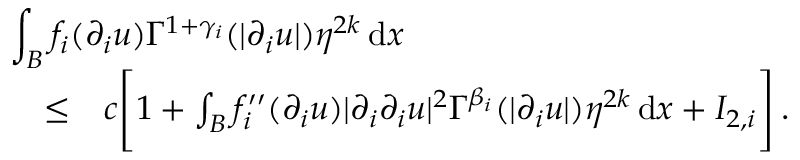
\begin{array} { r l r } { \lefteqn { \int _ { B } f _ { i } ( \partial _ { i } u ) \Gamma ^ { 1 + \gamma _ { i } } ( | \partial _ { i } u | ) \eta ^ { 2 k } \, \mathrm { d } x } } \\ & { \leq } & { c \Bigg [ 1 + \int _ { B } { f _ { i } ^ { \prime \prime } } ( \partial _ { i } u ) | \partial _ { i } \partial _ { i } u | ^ { 2 } \Gamma ^ { \beta _ { i } } ( | \partial _ { i } u | ) \eta ^ { 2 k } \, \mathrm { d } x + I _ { 2 , i } \Bigg ] \, . } \end{array}